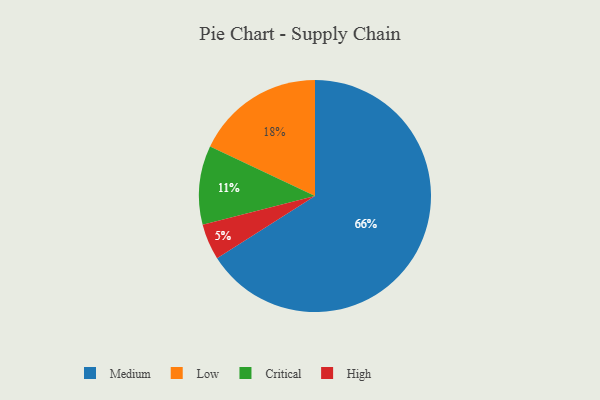
{"axis": {"x": "Category", "y": "Percentage"}, "legend": ["Critical", "High", "Low", "Medium"], "data": [{"x": "High", "y": 5, "type": "High"}, {"x": "Medium", "y": 66, "type": "Medium"}, {"x": "Low", "y": 18, "type": "Low"}, {"x": "Critical", "y": 11, "type": "Critical"}]}